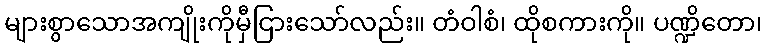
များစွာသောအကျိုးကိုမှီငြားသော်လည်း။ တံဝါစံ၊ ထိုစကားကို။ ပဏ္ဍိတော၊